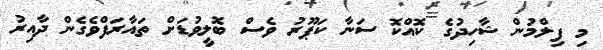
މި ފިލްމުން ޝާހިދުގެ ކޮއްކޮ ސަނާ ކަޕޫރު ވެސް ބޮލީވުޑަށް ތައާރަފްވެގެން ދާއިރު